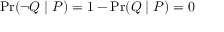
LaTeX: \operatorname* { P r } ( \lnot Q \mid P ) = 1 - \operatorname* { P r } ( Q \mid P ) = 0